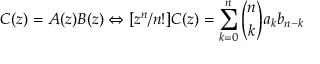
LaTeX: C ( z ) = A ( z ) B ( z ) \Leftrightarrow [ z ^ { n } / n ! ] C ( z ) = \sum _ { k = 0 } ^ { n } { \binom { n } { k } } a _ { k } b _ { n - k }